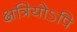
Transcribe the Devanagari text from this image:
क्षत्रियोऽपि